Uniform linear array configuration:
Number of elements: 12
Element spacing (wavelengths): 0.75
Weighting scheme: hamming
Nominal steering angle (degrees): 60
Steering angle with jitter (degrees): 58.361
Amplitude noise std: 0.05
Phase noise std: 0.05

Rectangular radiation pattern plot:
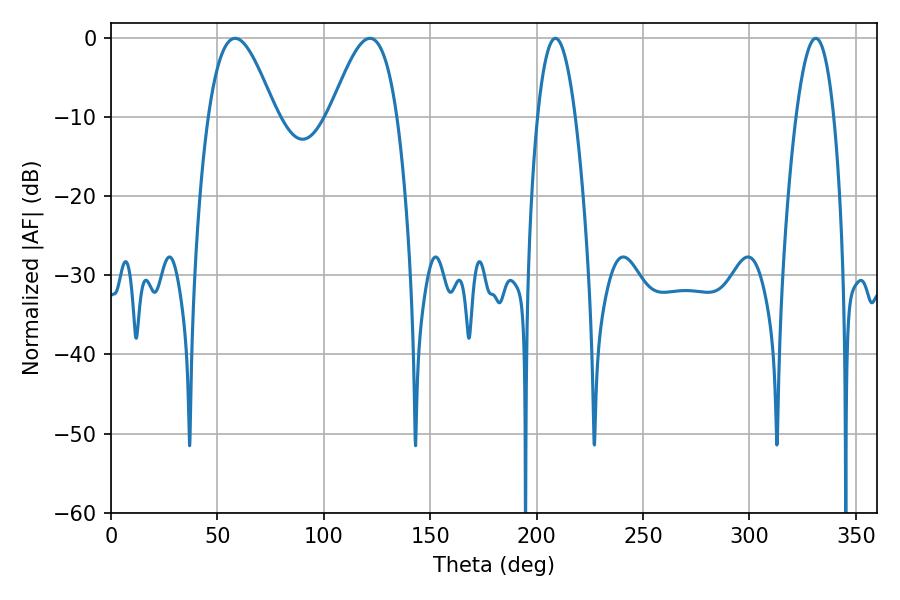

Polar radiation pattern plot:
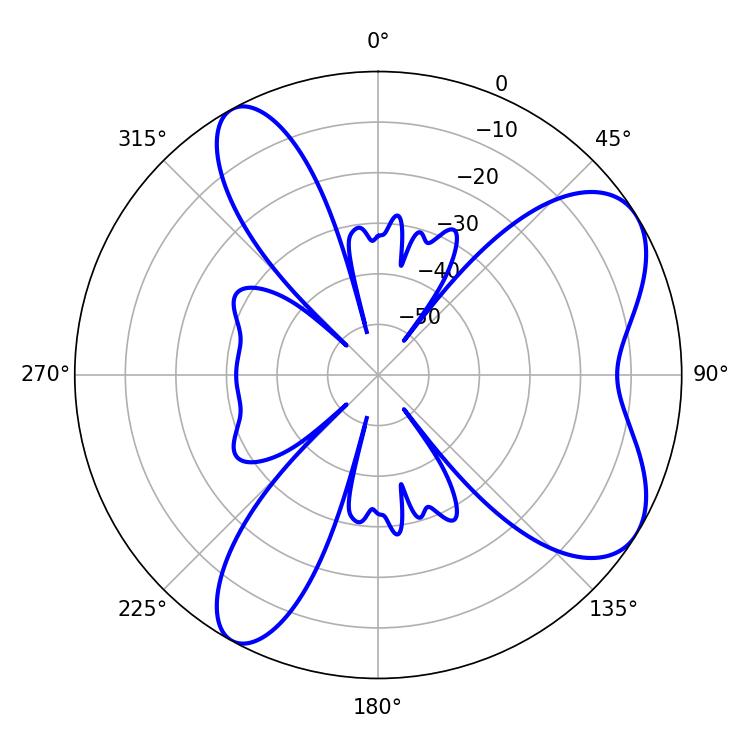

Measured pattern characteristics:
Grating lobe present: TRUE
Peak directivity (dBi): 7.005
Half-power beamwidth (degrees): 16.92
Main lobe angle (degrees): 58.32